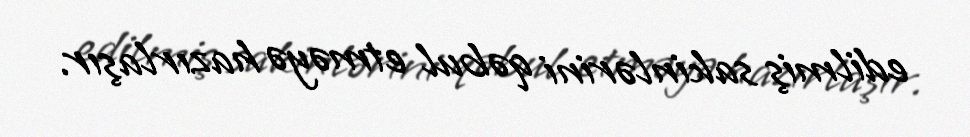
edilmiş sakinlərini qəbul etməyə hazırlaşır.